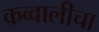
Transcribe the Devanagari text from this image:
कव्वालीचा